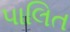
પાલિત